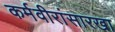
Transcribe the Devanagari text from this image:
कर्मवीरांसारखा